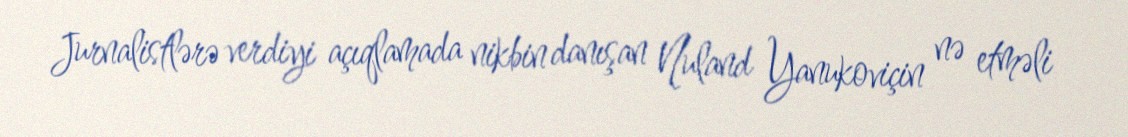
Jurnalistlərə verdiyi açıqlamada nikbin danışan Nuland Yanukoviçin nə etməli